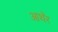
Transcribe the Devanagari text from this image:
आथॅर